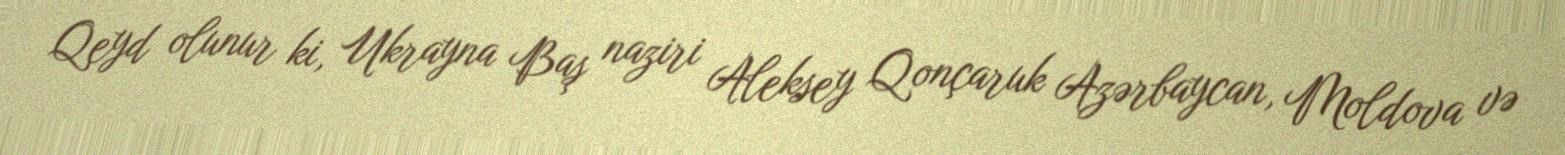
Qeyd olunur ki, Ukrayna Baş naziri Aleksey Qonçaruk Azərbaycan, Moldova və